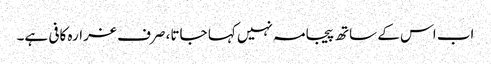
اب اس کے ساتھ پیجامہ نہیں کہا جاتا، صرف غرارہ کافی ہے۔